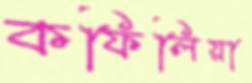
কফিলিয়া